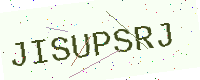
Text: JISUPSRJ